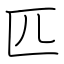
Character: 匹